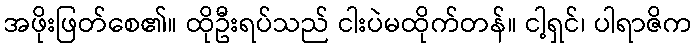
အဖိုးဖြတ်စေ၏။ ထိုဦးရပ်သည် ငါးပဲမထိုက်တန်။ ငါ့ရှင်၊ ပါရာဇိက